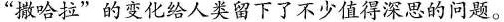
”撒哈拉”的变化给人类留下了不少值得深思的问题。